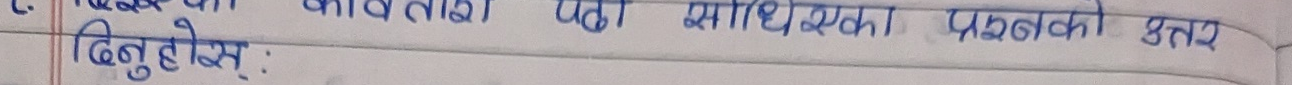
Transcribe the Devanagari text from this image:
C. यस पाठका अभ्यासका प्रश्नको उत्तर दिनुहोस्: